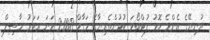
ދުނިޔޭގެ އެންމެ މޮޅު ފުޓްބޯޅަ ކުޅުންތެރިޔާގެ މަގާމް 2008 ވަނަ އަހަރު ހާސިލް